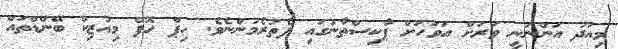
މިއަދު އަންނަނީ ވަރަށް އަވަހަށް ޕާކިސްތާނުގައި ފެތުރެމުންނެވެ. ހިޕް ހޮޕް މިއުޒިކް ބޭންޑްތައް